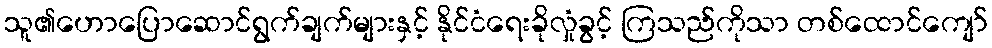
သူ၏ဟောပြောဆောင်ရွက်ချက်များနှင့် နိုင်ငံရေးခိုလှုံခွင့် ကြသည်ကိုသာ တစ်ထောင်ကျော်